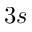
3 s